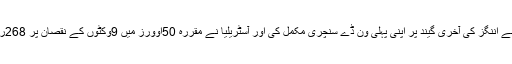
میتھیو ویڈ نے اننگز کی آخری گیند پر اپنی پہلی ون ڈے سنچری مکمل کی اور آسٹریلیا نے مقررہ 50اوورز میں 9وکٹوں کے نقصان پر 268رنز بنا لیے ۔